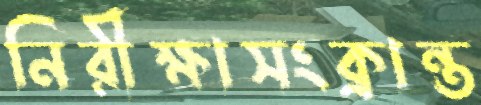
নিরীক্ষাসংক্রান্ত